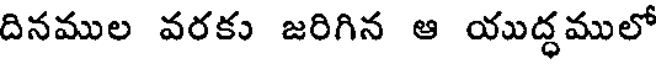
దినముల వరకు జరిగిన ఆ యుద్ధములో